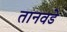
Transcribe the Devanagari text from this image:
तानवडे